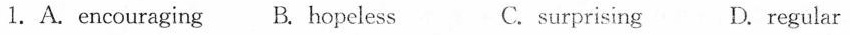
1.A.encouraging B. hopeless C.surprising D. regular